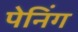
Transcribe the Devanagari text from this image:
पेनिंग